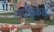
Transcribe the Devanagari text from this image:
नाटिकेत